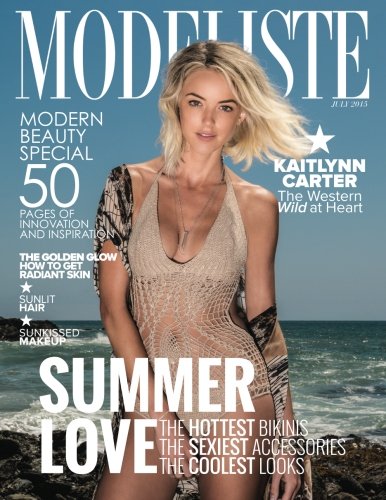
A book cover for Modeliste: July 2015; Amy McCabe; Arts & Photography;